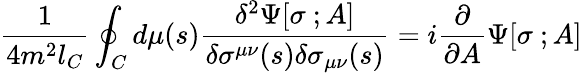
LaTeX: {\frac{1}{4m^{2}l_{C}}}\oint_{C}d\mu(s){\frac{\delta^{2}\Psi[\sigma\ ;A]}{\delta\sigma^{\mu\nu}(s)\delta\sigma_{\mu\nu}(s)}}=i{\frac{\partial}{\partial A}}\Psi[\sigma\ ;A]